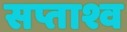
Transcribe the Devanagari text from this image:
सप्ताश्व